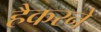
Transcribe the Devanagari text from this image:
हैकरने